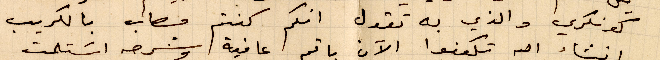
كونكري والذي به تقول انكم كنتم مصاب بالكريب